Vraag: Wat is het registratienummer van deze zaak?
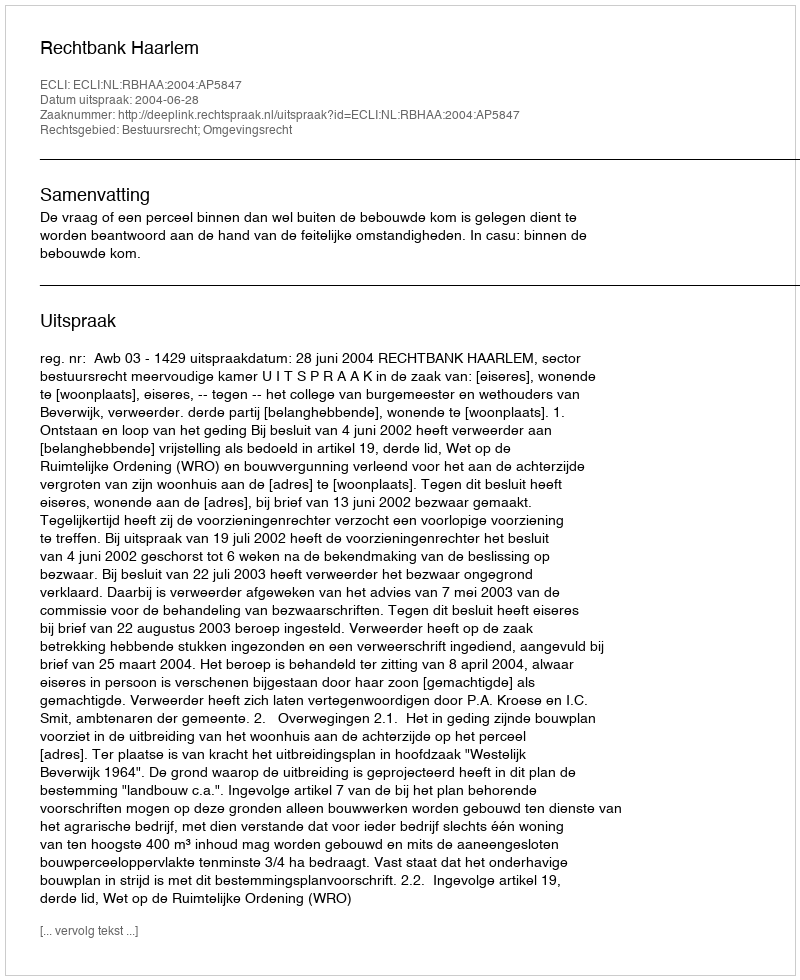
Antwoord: http://deeplink.rechtspraak.nl/uitspraak?id=ECLI:NL:RBHAA:2004:AP5847